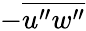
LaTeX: -\overline{{u^{\prime\prime}w^{\prime\prime}}}